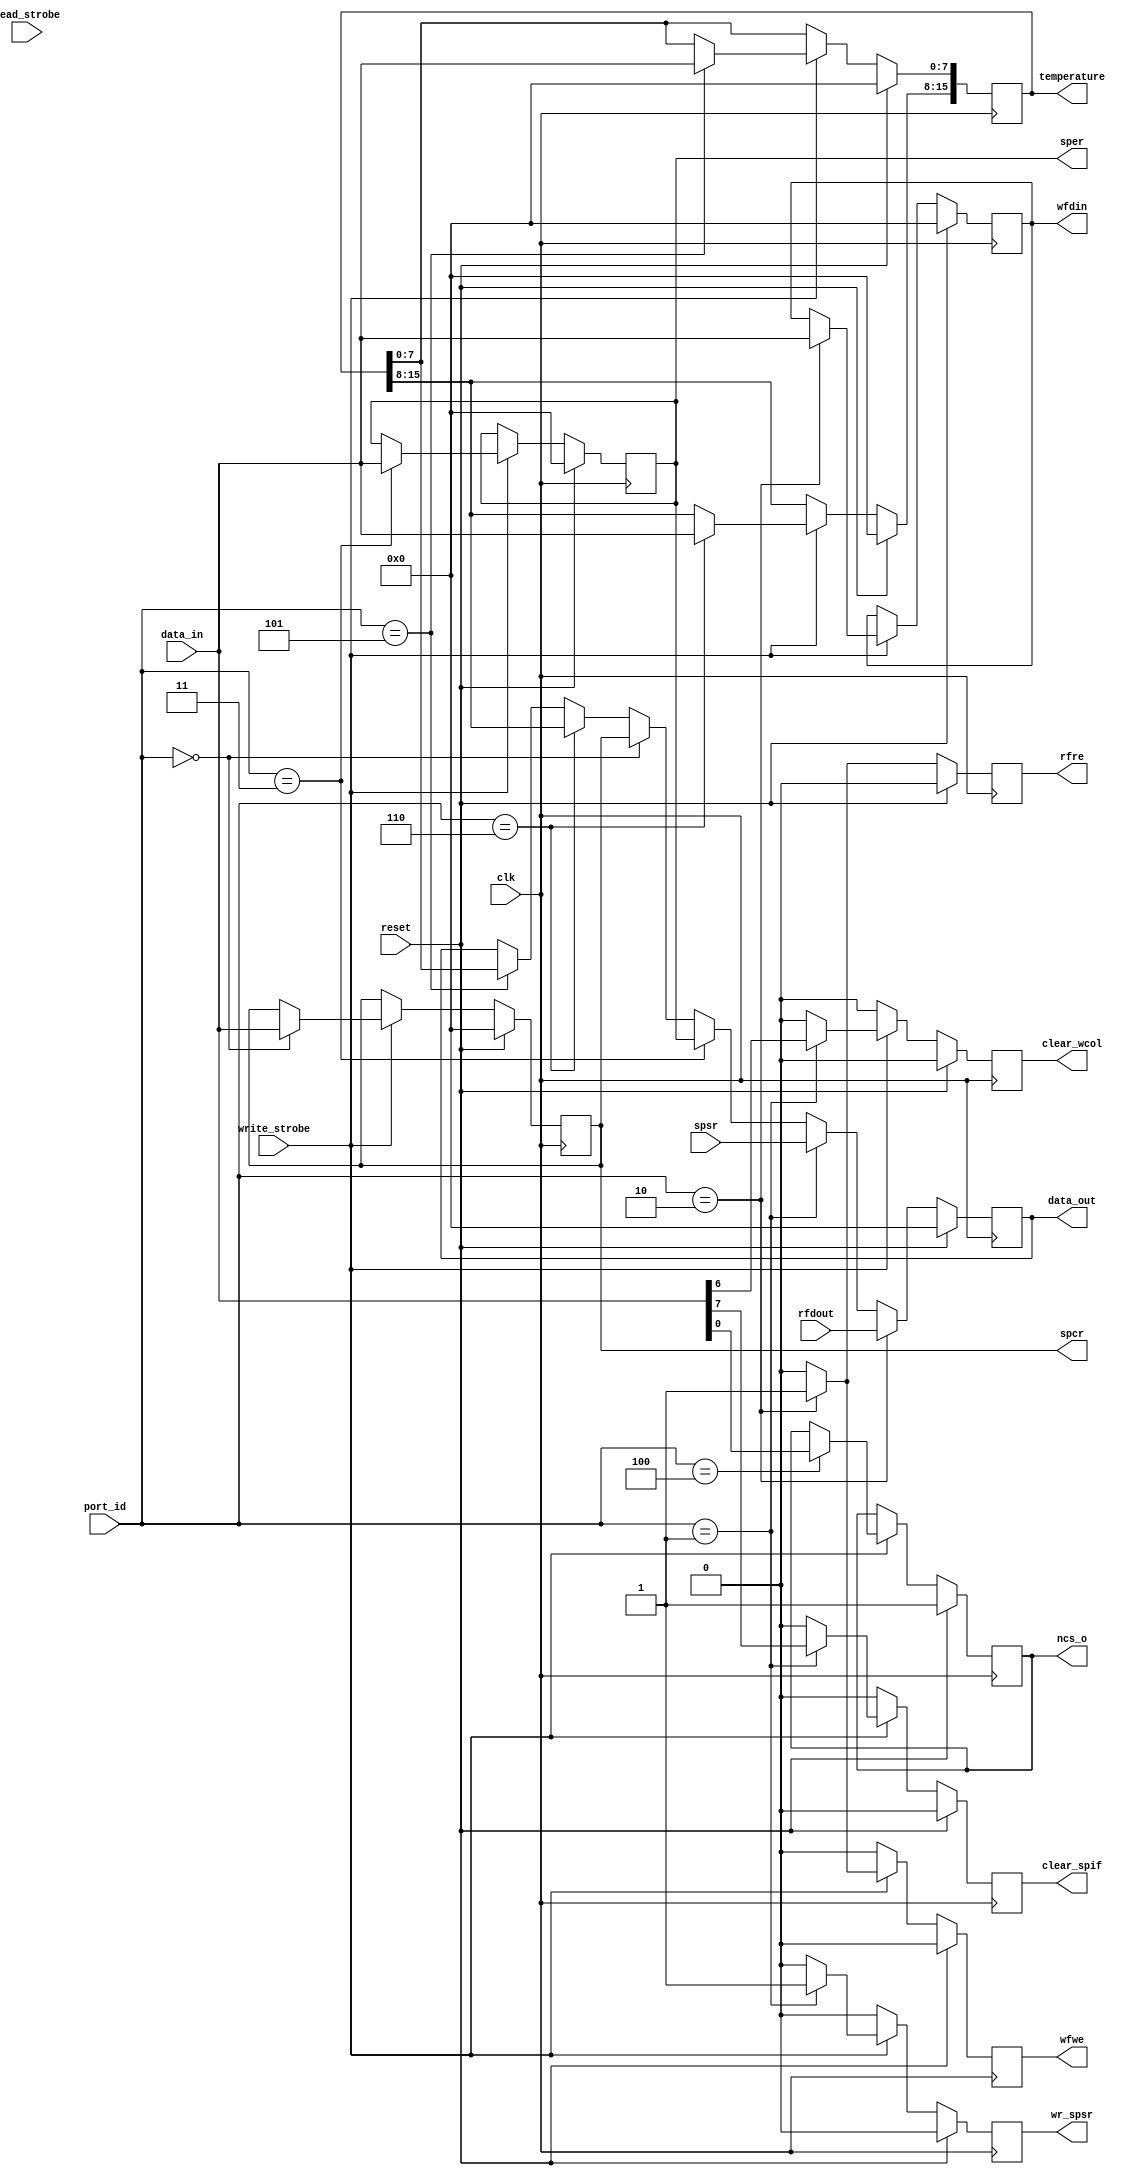
module spi_regs (
   temperature, data_out, wfwe, rfre, wr_spsr, clear_spif, clear_wcol,
   wfdin, ncs_o, spcr, sper,
   clk, reset, port_id, data_in, read_strobe, write_strobe, rfdout,
   spsr
   ) ;
   parameter BASE_ADDRESS = 8'h00;   
   input clk;
   input reset;
   output reg [15:0] temperature;
   input wire [7:0] port_id;
   input wire [7:0] data_in;
   output reg [7:0] data_out;
   input            read_strobe;
   input            write_strobe;
   input wire [7:0] rfdout; 
   output reg       wfwe; 
   output reg       rfre; 
   output reg       wr_spsr; 
   output reg       clear_spif; 
   output reg       clear_wcol; 
   output reg [7:0] wfdin;  
   output reg       ncs_o;
   output reg [7:0]       spcr;
   output reg [7:0]       sper;
   input wire [7:0]       spsr;
   wire                   spcr_enable = (port_id == (BASE_ADDRESS + 8'h00));
   wire                   spsr_enable = (port_id == (BASE_ADDRESS + 8'h01));
   wire                   spdr_enable = (port_id == (BASE_ADDRESS + 8'h02));
   wire                   sper_enable = (port_id == (BASE_ADDRESS + 8'h03));
   wire                   ncso_enable = (port_id == (BASE_ADDRESS + 8'h04));
   wire                   temperature_low_enable  = (port_id == (BASE_ADDRESS + 8'h05));
   wire                   temperature_high_enable = (port_id == (BASE_ADDRESS + 8'h06));
   always @(posedge clk)
     if (reset) begin
        spcr <= 0;
        sper <= 0; 
        wfdin <= 0;     
        wfwe <= 0; 
        clear_spif <= 0;
        clear_wcol <= 0;   
        wr_spsr <= 0; 
        ncs_o <=1; 
        temperature <= 0;
     end else begin
        if (write_strobe) begin
           if (ncso_enable) begin
              ncs_o <= data_in[0];              
           end
           if (spsr_enable) begin
              clear_spif <= data_in[7];
              clear_wcol <= data_in[6];
              wr_spsr <= 1;              
           end else begin
              clear_spif <= 0;
              clear_wcol <= 0;
              wr_spsr <= 0;        
           end
           if (temperature_low_enable) begin
              temperature[7:0] <= data_in;              
           end
           if (temperature_high_enable) begin
              temperature[15:8] <= data_in;              
           end
           if (spcr_enable) begin
              spcr <= data_in;              
           end
           if (sper_enable) begin
              sper <= data_in;              
           end
           if (spdr_enable) begin
              wfdin <= data_in;
              wfwe <= 1;              
           end else begin
              wfwe <= 0;              
           end
        end 
        else begin
           clear_spif <= 0;
           clear_wcol <= 0;                   
           wfwe <= 0; 
           wr_spsr <= 0;                  
        end
     end 
   always @(posedge clk)
     if (reset) begin
        data_out <= 0;  
        rfre <= 0;        
     end else begin
        if (temperature_low_enable) begin
           data_out <= temperature[7:0];              
        end
        if (temperature_high_enable) begin
           data_out <= temperature[15:8];              
        end        
        if (spcr_enable) begin
           data_out <= spcr;           
        end
        if (sper_enable) begin
           data_out <= sper;           
        end
        if (spsr_enable) begin
           data_out <= spsr;           
        end
        if (spdr_enable) begin
           data_out <= rfdout;
           rfre <= 1;           
        end else begin
           rfre <= 0;           
        end
     end
endmodule